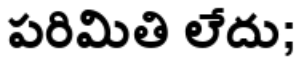
పరిమితి లేదు;